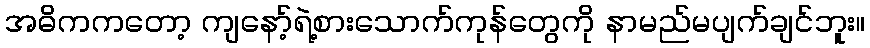
အဓိကကတော့ ကျနော့်ရဲ့စားသောက်ကုန်တွေကို နာမည်မပျက်ချင်ဘူး။